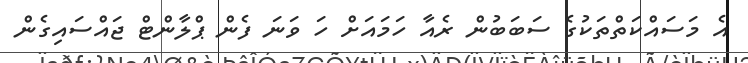
އެ މަސައްކަތްތަކުގެ ސަބަބުން ރެއާ ހަމައަށް ހަ ވަނަ ފެން ޕްލާންޓް ޖައްސައިގެން